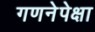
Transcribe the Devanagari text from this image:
गणनेपेक्षा